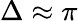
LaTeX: \Delta\approx\pi